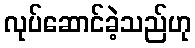
လုပ်ဆောင်ခဲ့သည်ဟု